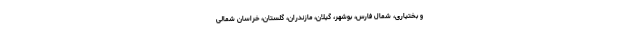
و بختیاری، شمال فارس، بوشهر، گیلان، مازندران، گلستان، خراسان شمالی